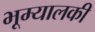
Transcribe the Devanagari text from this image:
भूम्यालकी